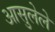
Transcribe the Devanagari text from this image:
आसुलेले